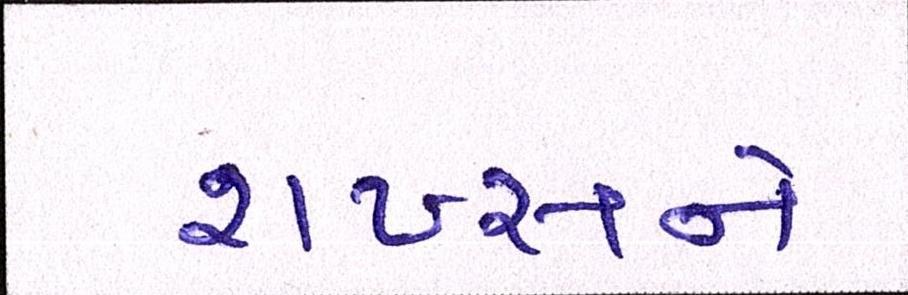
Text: શખ્સને